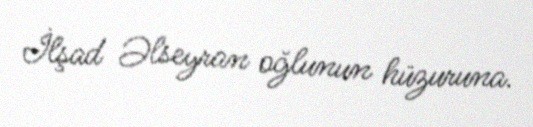
İlşad Əlseyran oğlunun hüzuruna.